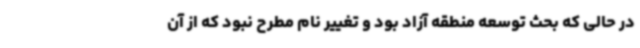
در حالی که بحث توسعه منطقه آزاد بود و تغییر نام مطرح نبود که از آن